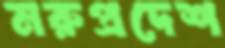
মরুপ্রদেশ